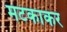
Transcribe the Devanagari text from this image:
मटकाकर